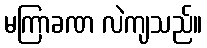
မကြာခဏ လဲကျသည်။